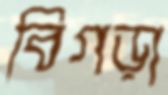
বিগড়া